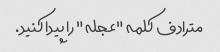
مترادف کلمه "عجله" را پیدا کنید.